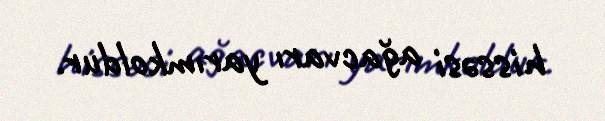
hissəsi ağacvarı yarımkoldur.